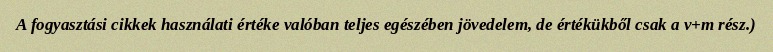
A fogyasztási cikkek használati értéke valóban teljes egészében jövedelem, de értékükből csak a v+m rész.)